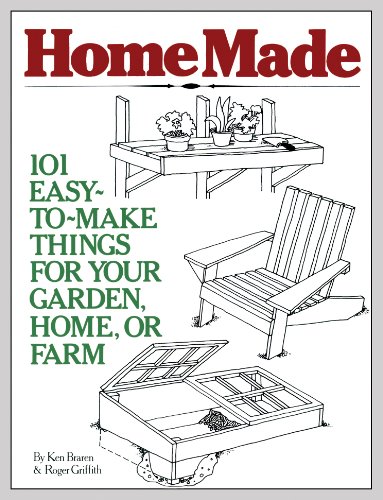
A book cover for HomeMade: 101 Easy-to-Make Things for Your Garden, Home, or Farm; Ken Braren; Crafts, Hobbies & Home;